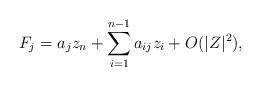
LaTeX: \begin{align*}F_{j}=a_{j}z_{n}+ \sum_{i=1}^{n-1}a_{ij}z_{i}+O(|Z|^2), \end{align*}